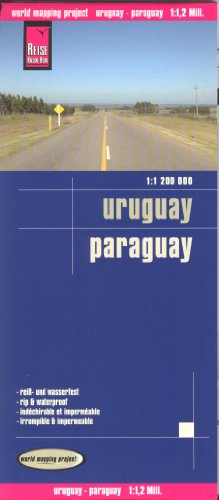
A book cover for Uruguay and Paraguay 1:1,200,000 Travel Map, waterproof, GPS-compatible, REISE; Reise Knowhow; Travel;